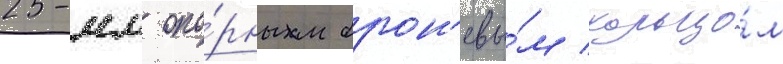
25-мм опо́рным брон'евы́м кольцо́м